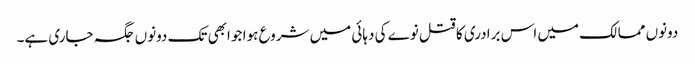
دونوں ممالک میں اس برادری کا قتل نوے کی دہائی میں شروع ہوا جو ابھی تک دونوں جگہ جاری ہے۔